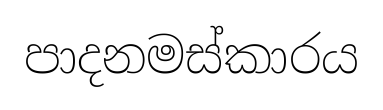
පාදනමස්කාරය